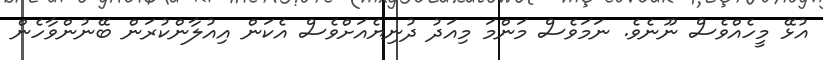
އުޅޭ މީހެއްވެސް ނޫނެވެ. ނަމަވެސް މަންމަ މިއަދު ދުނިޔެއަށްވެސް އެކަން އިއުލާންކުރަން ބޭނުންވާހެން